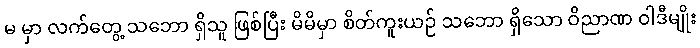
မ မှာ လက်တွေ့ သဘော ရှိသူ ဖြစ်ပြီး မိမိမှာ စိတ်ကူးယဉ် သဘော ရှိသော ဝိညာဏ ဝါဒီမျိုး